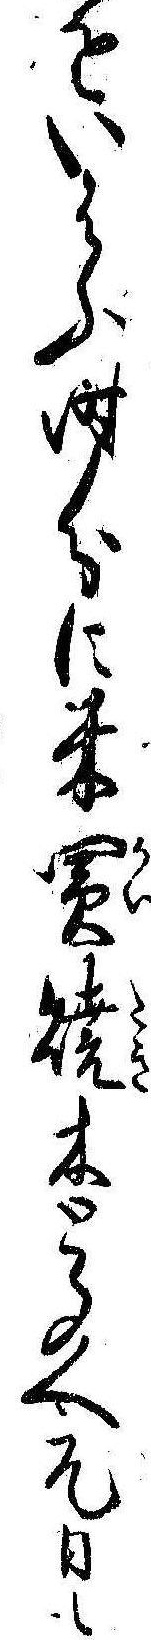
をいはふ時分に米買焼木とゝのへ元日も